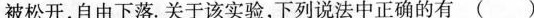
被松开，自由下落. 关于该实验，下列说法中正确的有( ）